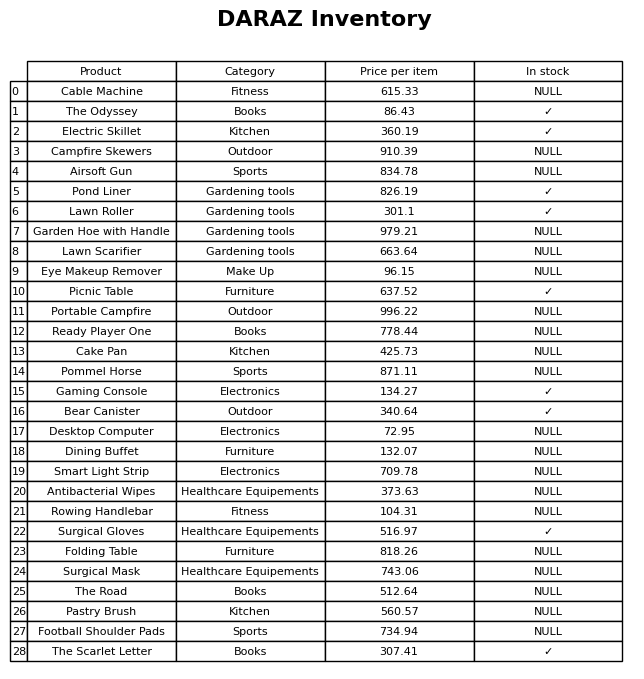
question: What is the price of the Smart Light Strip?
answer: The price of Smart Light Strip is 709.78.